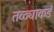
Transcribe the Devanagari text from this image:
तळ्याकडे